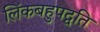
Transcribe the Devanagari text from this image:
लिंकबहुपद्वति